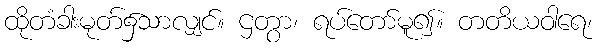
ထိုတံခါးမုတ်၌သာလျှင်။ ဌတွာ၊ ရပ်တော်မူ၍။ တတိယဝါရေ၊